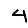
Digit: 4